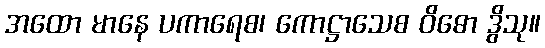
အထော မာနေ ပကာရေစ၊ ကောဋ္ဌာသေစ ဝိဓော ဒွိသု။